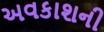
અવકાશની